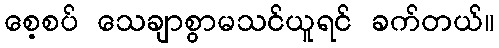
စေ့စပ် သေချာစွာမသင်ယူရင် ခက်တယ်။